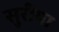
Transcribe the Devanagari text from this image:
सुरीया